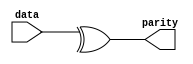
// This program was cloned from: https://github.com/chipsalliance/aib-phy-hardware
// License: Apache License 2.0

// SPDX-License-Identifier: Apache-2.0
// Copyright (C) 2019 Intel Corporation. 
module c3aibadapt_cmn_parity_gen
    #(
	parameter WIDTH = 'd0   
    )   
    (
        output  wire			parity,
        input   wire [WIDTH-1:0]    	data
    );

	assign parity = ^data[WIDTH-1:0];

endmodule // c3aibadapt_cmn_parity_gen